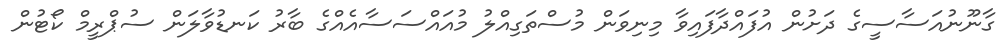
ގާނޫނުއަސާސީގެ ދަށުން އުފައްދާފައިވާ މިނިވަން މުސްތަގިއްލު މުއައްސަސާއެއްގެ ބާރު ކަނޑުވާލަން ސުޕްރީމް ކޯޓުން